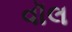
વૉલ